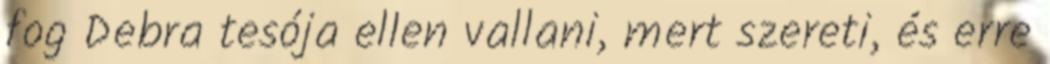
fog Debra tesója ellen vallani, mert szereti, és erre